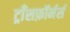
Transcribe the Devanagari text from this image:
ट्राँसफ़ॉर्मर्स